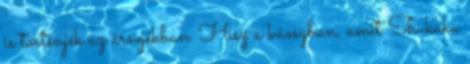
is történjék az árnyékban. Hisz a káoszban, amit Shukaku